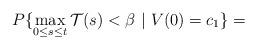
LaTeX: \begin{align*}P\{\max_{0\le s\le t}\mathcal{T}(s)< \beta\ |\ V(0) = c_1\} = \end{align*}